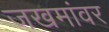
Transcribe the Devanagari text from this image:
जखमांवर